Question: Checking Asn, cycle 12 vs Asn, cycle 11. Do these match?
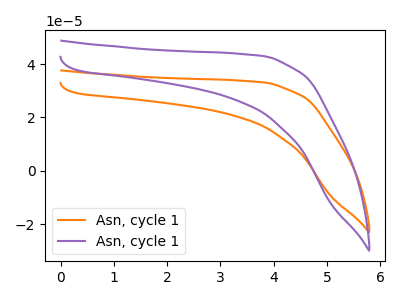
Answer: <think>The orange curve "Asn, cycle 11" has no peaks. The purple curve "Asn, cycle 12" has no peaks.
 Neither "Asn, cycle 12" or "Asn, cycle 11" have any peaks.</think>
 <answer>"Asn, cycle 12" and "Asn, cycle 11" are similar in shape.</answer>
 <eval>same_shape</eval>